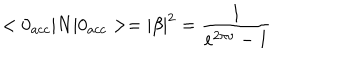
LaTeX: < 0 _ { a c c } | N | 0 _ { a c c } > = \left| \beta \right| ^ { 2 } = \frac { 1 } { e ^ { 2 \pi \nu } - 1 }